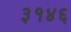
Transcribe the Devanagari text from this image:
३१४६